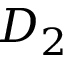
D _ { 2 }